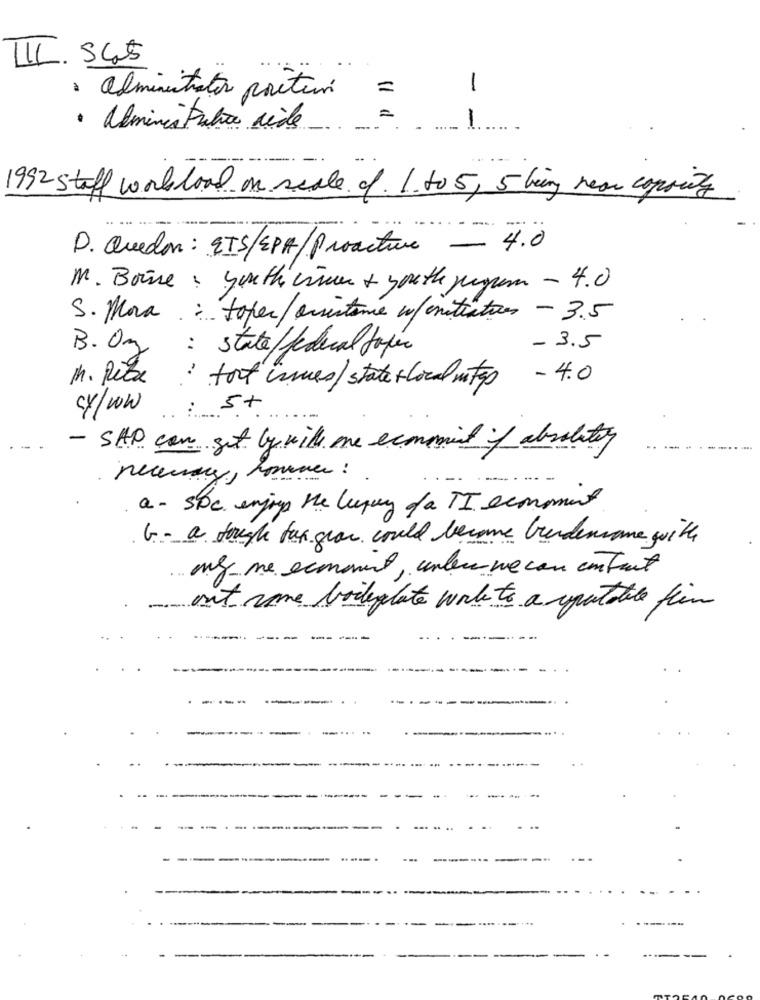
=
-
administration position
1
· adminis Putra aide
1992 staff workload on scale of 1 to 5, 5 being near coprinty
D. Quedan: ETS/EPA/Proactive - 4.0
M. Boise : youth crimen + youth jegum - 4.0
S. Mora : toper/ assistance w/ initiatives - 3.5
B. Oz
: state / federal topic
- 3.5
- 4.0
M. Pete : fort inmes/ state + local m tep
cy/WW .:-
- SAP can get by will me economist of absoluter
-
Q- SOC enjoy the luxury of a TI economet
G. - a tough fax gran could become biedencome with
my ne ecomment, unless we can contact
out some boilerplate work to a reputable firm
-----